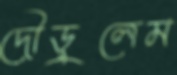
দৌড়ুলেম